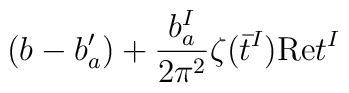
(b - b'_a) +{b_a^I\over2\pi^2}\zeta(\bar{t}^I){\rm Re}t^I